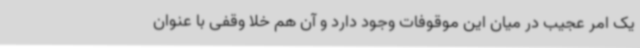
یک امر عجیب در میان این موقوفات وجود دارد و آن هم خلا وقفی با عنوان